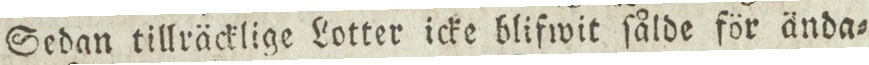
Sedan tillräcklige Lotter icke blifwit ſålde för ända=